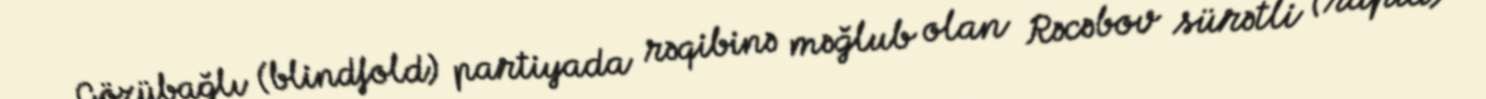
Gözübağlı (blindfold) partiyada rəqibinə məğlub olan Rəcəbov sürətli (rapid)